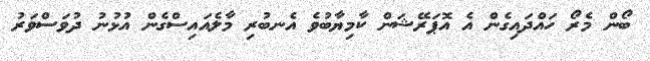
ބޯން މެރޯ ހައްދައިގެން އެ އޮޕަރޭޝަން ކާމިޔާބުވެ އެނބުރި މާލެއައިސްގެން އުޅުނު ދުވަސްވަރު